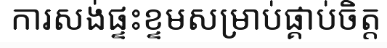
ការសង់ផ្ទះខ្ទមសម្រាប់ផ្គាប់ចិត្ត